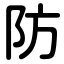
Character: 防